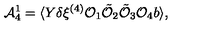
{ \cal A } _ { 4 } ^ { 1 } = \langle Y \delta \xi ^ { ( 4 ) } { \cal O } _ { 1 } \tilde { { \cal O } } _ { 2 } \tilde { { \cal O } } _ { 3 } { \cal O } _ { 4 } b \rangle ,